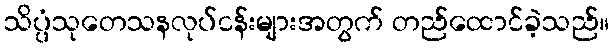
သိပ္ပံသုတေသနလုပ်ငန်းများအတွက် တည်ထောင်ခဲ့သည်။